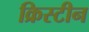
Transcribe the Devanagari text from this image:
क्रिस्‍टीन